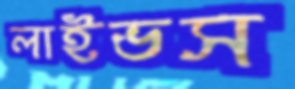
লাইভস